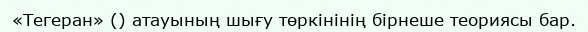
«Тегеран» () атауының шығу төркінінің бірнеше теориясы бар.